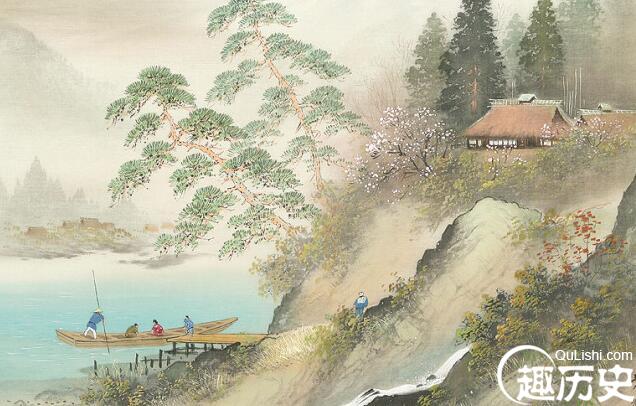
秋夜访秋士，先闻水上音。